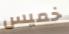
خميس